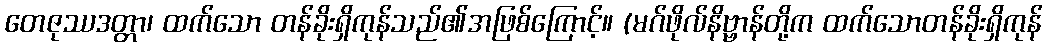
တေဇုဿဒတ္တာ၊ ထက်သော တန်ခိုးရှိကုန်သည်၏အဖြစ်ကြောင့်။ (မဂ်ဖိုလ်နိဗ္ဗာန်တို့က ထက်သောတန်ခိုးရှိကုန်